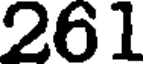
261